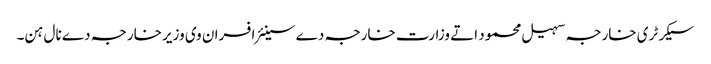
سیکرٹری خارجہ سہیل محمود اتے وزارت خارجہ دے سینئر افسران وی وزیر خارجہ دے نال ہن۔